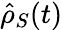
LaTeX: \hat{\rho}_{S}(t)